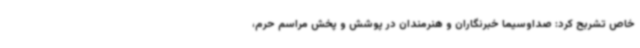
خاص تشربح کرد: صداوسیما خبرنگاران و هنرمندان در پوشش و پخش مراسم حرم،